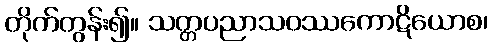
တိုက်တွန်း၍။ သတ္တပညာသဝဿကောဋိယောစ၊